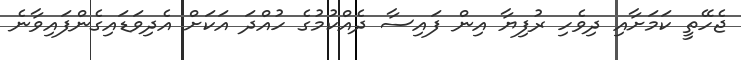
ޖެހޭތީ ކަމަށާއި ދިވެހި ރުފިޔާ އިން ފައިސާ ދެއްކުމުގެ ހުއްދަ އަކަށް އެދިވަޑައިގެންފައިވާނެ